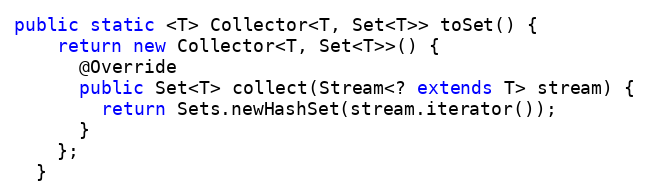
Language: Java
public static <T> Collector<T, Set<T>> toSet() {
    return new Collector<T, Set<T>>() {
      @Override
      public Set<T> collect(Stream<? extends T> stream) {
        return Sets.newHashSet(stream.iterator());
      }
    };
  }